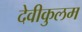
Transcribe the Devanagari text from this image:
देवीकुलम